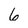
Character: 6